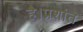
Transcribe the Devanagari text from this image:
है।प्रशांत